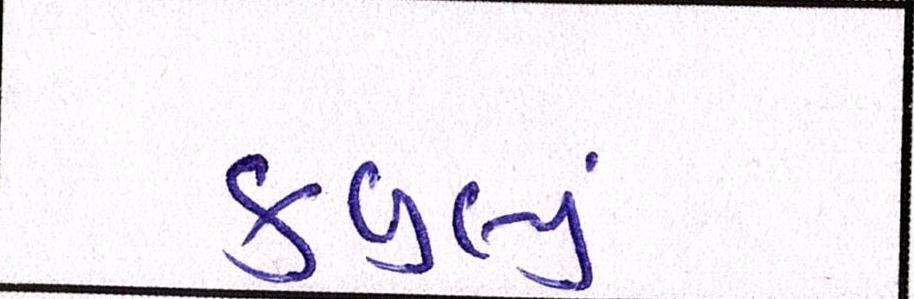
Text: કબુલ્યું